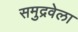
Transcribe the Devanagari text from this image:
समुद्रवेला